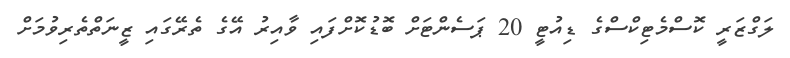
ލަގްޒަރީ ކޮސްމެޓިކްސްގެ ޑިއުޓީ 20 ޕަސެންޓަށް ބޮޑުކޮށްފައި ވާއިރު އޭގެ ތެރޭގައި ޒީނަތްތެރިވުމަށް